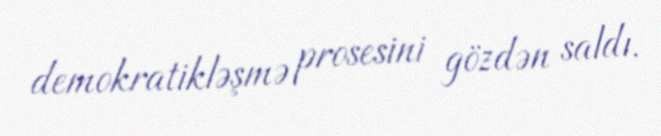
demokratikləşmə prosesini gözdən saldı.